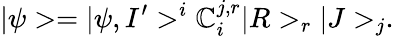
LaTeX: |\psi>=|\psi,I^{\prime}>^{i}\mathbb{C}_{i}^{j,r}|R>_{r}|J>_{j}.